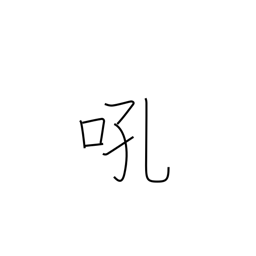
Meaning: bay